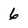
Character: 6